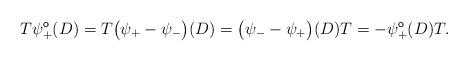
LaTeX: \begin{align*}T \psi_{+}^\mathsf{o} (D)=T \bigl(\psi_+ - \psi_-\bigr)(D) =\bigl(\psi_- - \psi_+\bigr)(D) T=- \psi_{+}^\mathsf{o} (D) T.\end{align*}